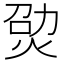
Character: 𤉎